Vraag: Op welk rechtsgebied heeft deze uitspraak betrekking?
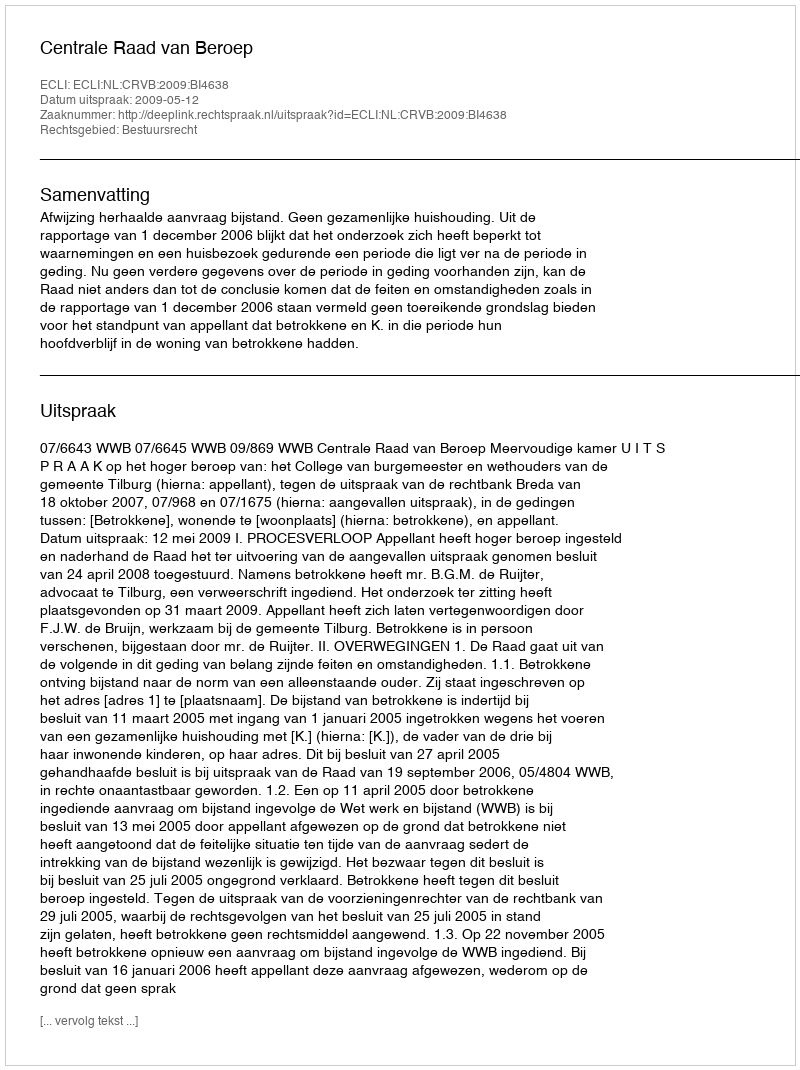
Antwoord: Bestuursrecht